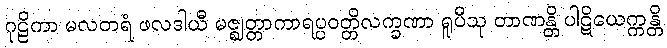
ဂုဠိကာ မလတရံ ဖလဒါယီ မဇ္ဈတ္တာကာရပ္ပဝတ္တိလက္ခဏာ ရူပီသု တာဏန္တိ ပါဋိယေက္ကန္တိ